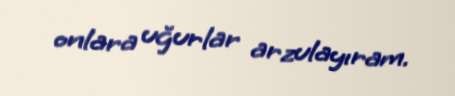
onlara uğurlar arzulayıram.